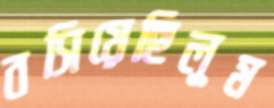
বসিয়েছিলুম